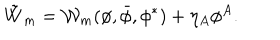
LaTeX: \tilde { W } _ { m } = { \cal W } _ { m } ( \phi , \bar { \phi } , \phi ^ { * } ) + \eta _ { A } \phi ^ { A } .